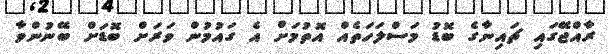
ރާއްޖޭގައި ޗައިނާގެ ބޮޑު މަސްލަހަތެއް އޮތުމަށް އެ ގައުމުން ވަރަށް ބޮޑަށް ބޭނުންވާ